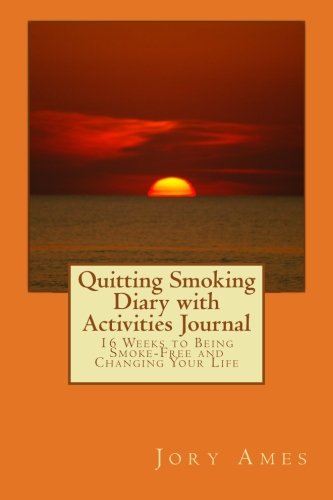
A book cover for Quitting Smoking Diary with Activities Journal: 16 Weeks to Being Smoke-Free and Changing Your Life; Jory Ames; Health, Fitness & Dieting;